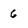
Character: 6